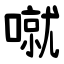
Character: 噈